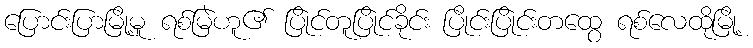
ပြောင်းပြာမြို့မူ ရစ်မြဲဟူ၏ ပြုိင်တူပြုိင်ခိုင်း ပြိုင်းပြုိင်းတထွေ ရစ်လေထိုမြို့